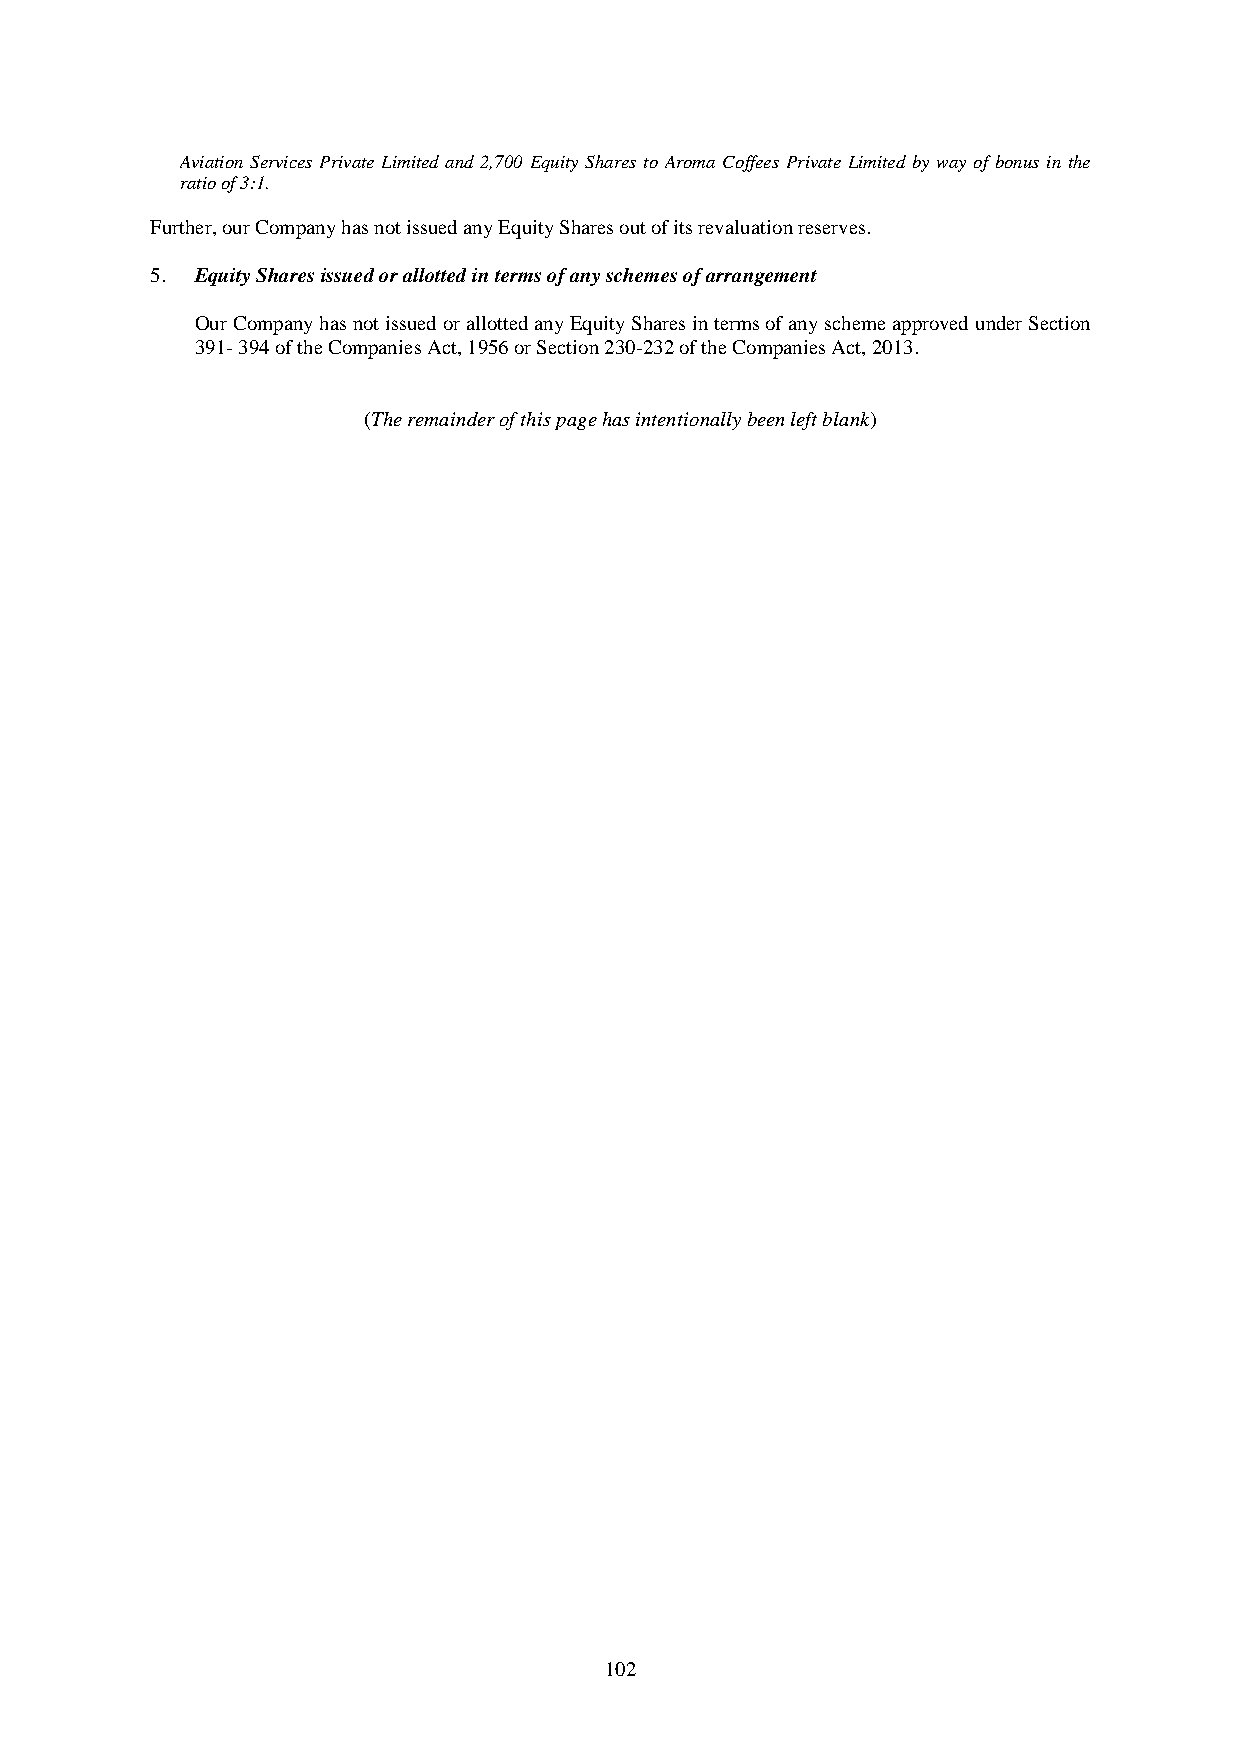
Aviation Services Private Limited and 2,700 Equity Shares to Aroma Coffees Private Limited by way of bonus in the
 ratio of 3:1.
 Further, our Company has not issued any Equity Shares out of its revaluation reserves.
 5. Equity Shares issued or allotted in terms of any schemes of arrangement
 Our Company has not issued or allotted any Equity Shares in terms of any scheme approved under Section
 391- 394 of the Companies Act, 1956 or Section 230-232 of the Companies Act, 2013.
 (The remainder of this page has intentionally been left blank)
 102